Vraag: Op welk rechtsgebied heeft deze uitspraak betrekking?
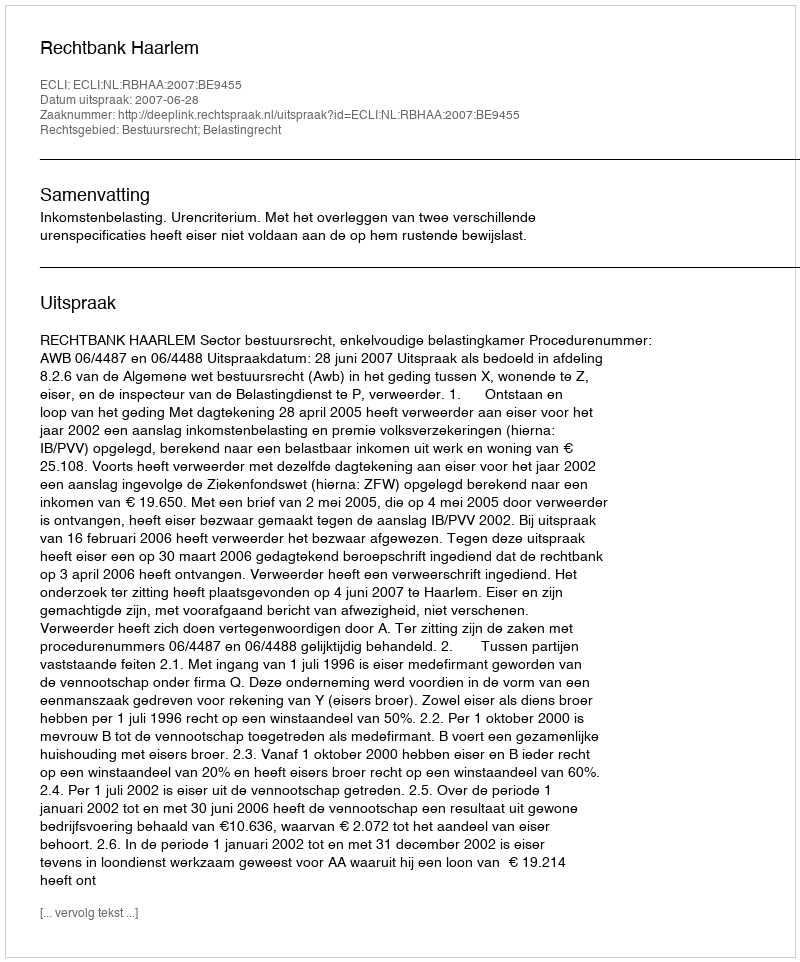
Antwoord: Bestuursrecht; Belastingrecht